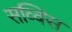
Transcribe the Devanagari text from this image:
सव्विस